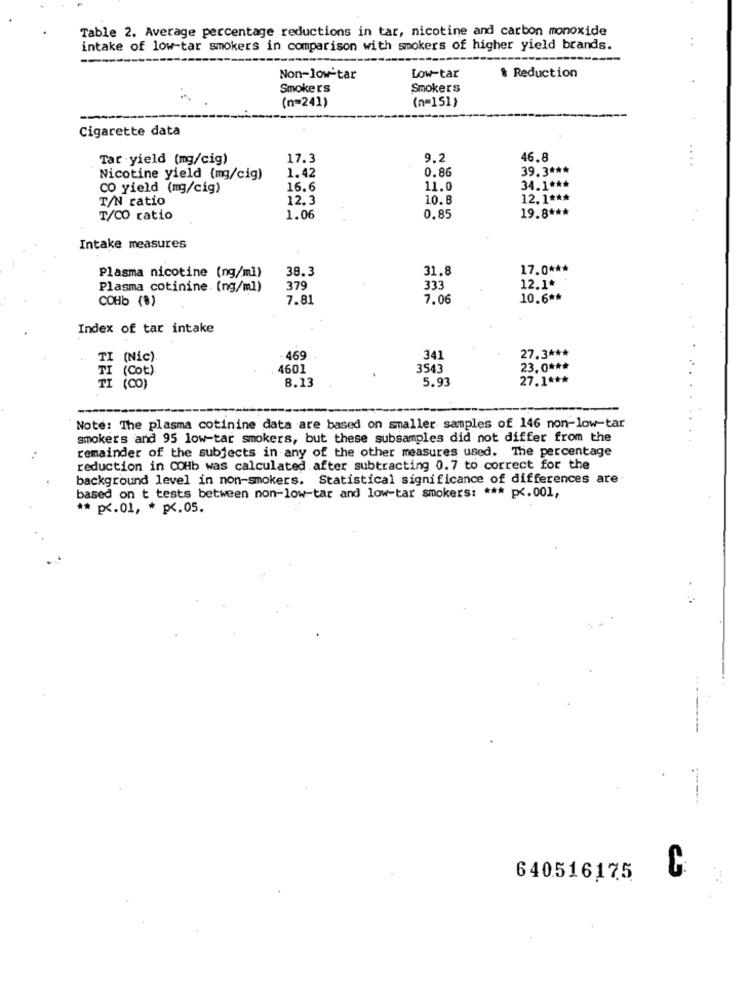
Table 2. Average percentage reductions in tar, nicotine and carbon monoxide
intake of low-tar smokers in comparison with smokers of higher yield brands.
Non-low-tar
Low-tar
% Reduction
Smoke r's
Smokers
(n=241)
(n=151)
Cigarette data
Tar yield (mg/cig)
17.3
9.2
46.8
....
1.42
0.86
39.3 ***
Nicotine yield (mg/cig)
CO yield (mg/cig)
16.6
11.0
34.1 ***
T/N ratio
12.3
10.8
12. 1 ***
19.8 ***
T/CO ratio
1.06
0,85
Intake measures
Plasma nicotine (ng/ml)
38.3
31.8
17.0 ***
Plasma cotinine. (ng/ml)
379
333
12.1.
COHb (%)
7.81
7.06
10.6 **
Index of tar intake
27.3 ***
TI
(Nic)
469
341
4601
3543
23.0 ***
TI ( Cot)
TI
5.93
27.1 ***
(co)
8.13
Note: The plasma cotinine data are based on smaller samples of 146 non-low-tar
smokers and 95 low-tar smokers, but these subsamples did not differ from the
remainder of the subjects in any of the other measures used. The percentage
reduction in COHb was calculated after subtracting 0.7 to correct for the
background level in non-smokers. Statistical significance of differences are
based on t tests between non-low-tar and low-tar smokers: *** p <. 001,
** p <. 01, * p <. 05.
..
C
640516175